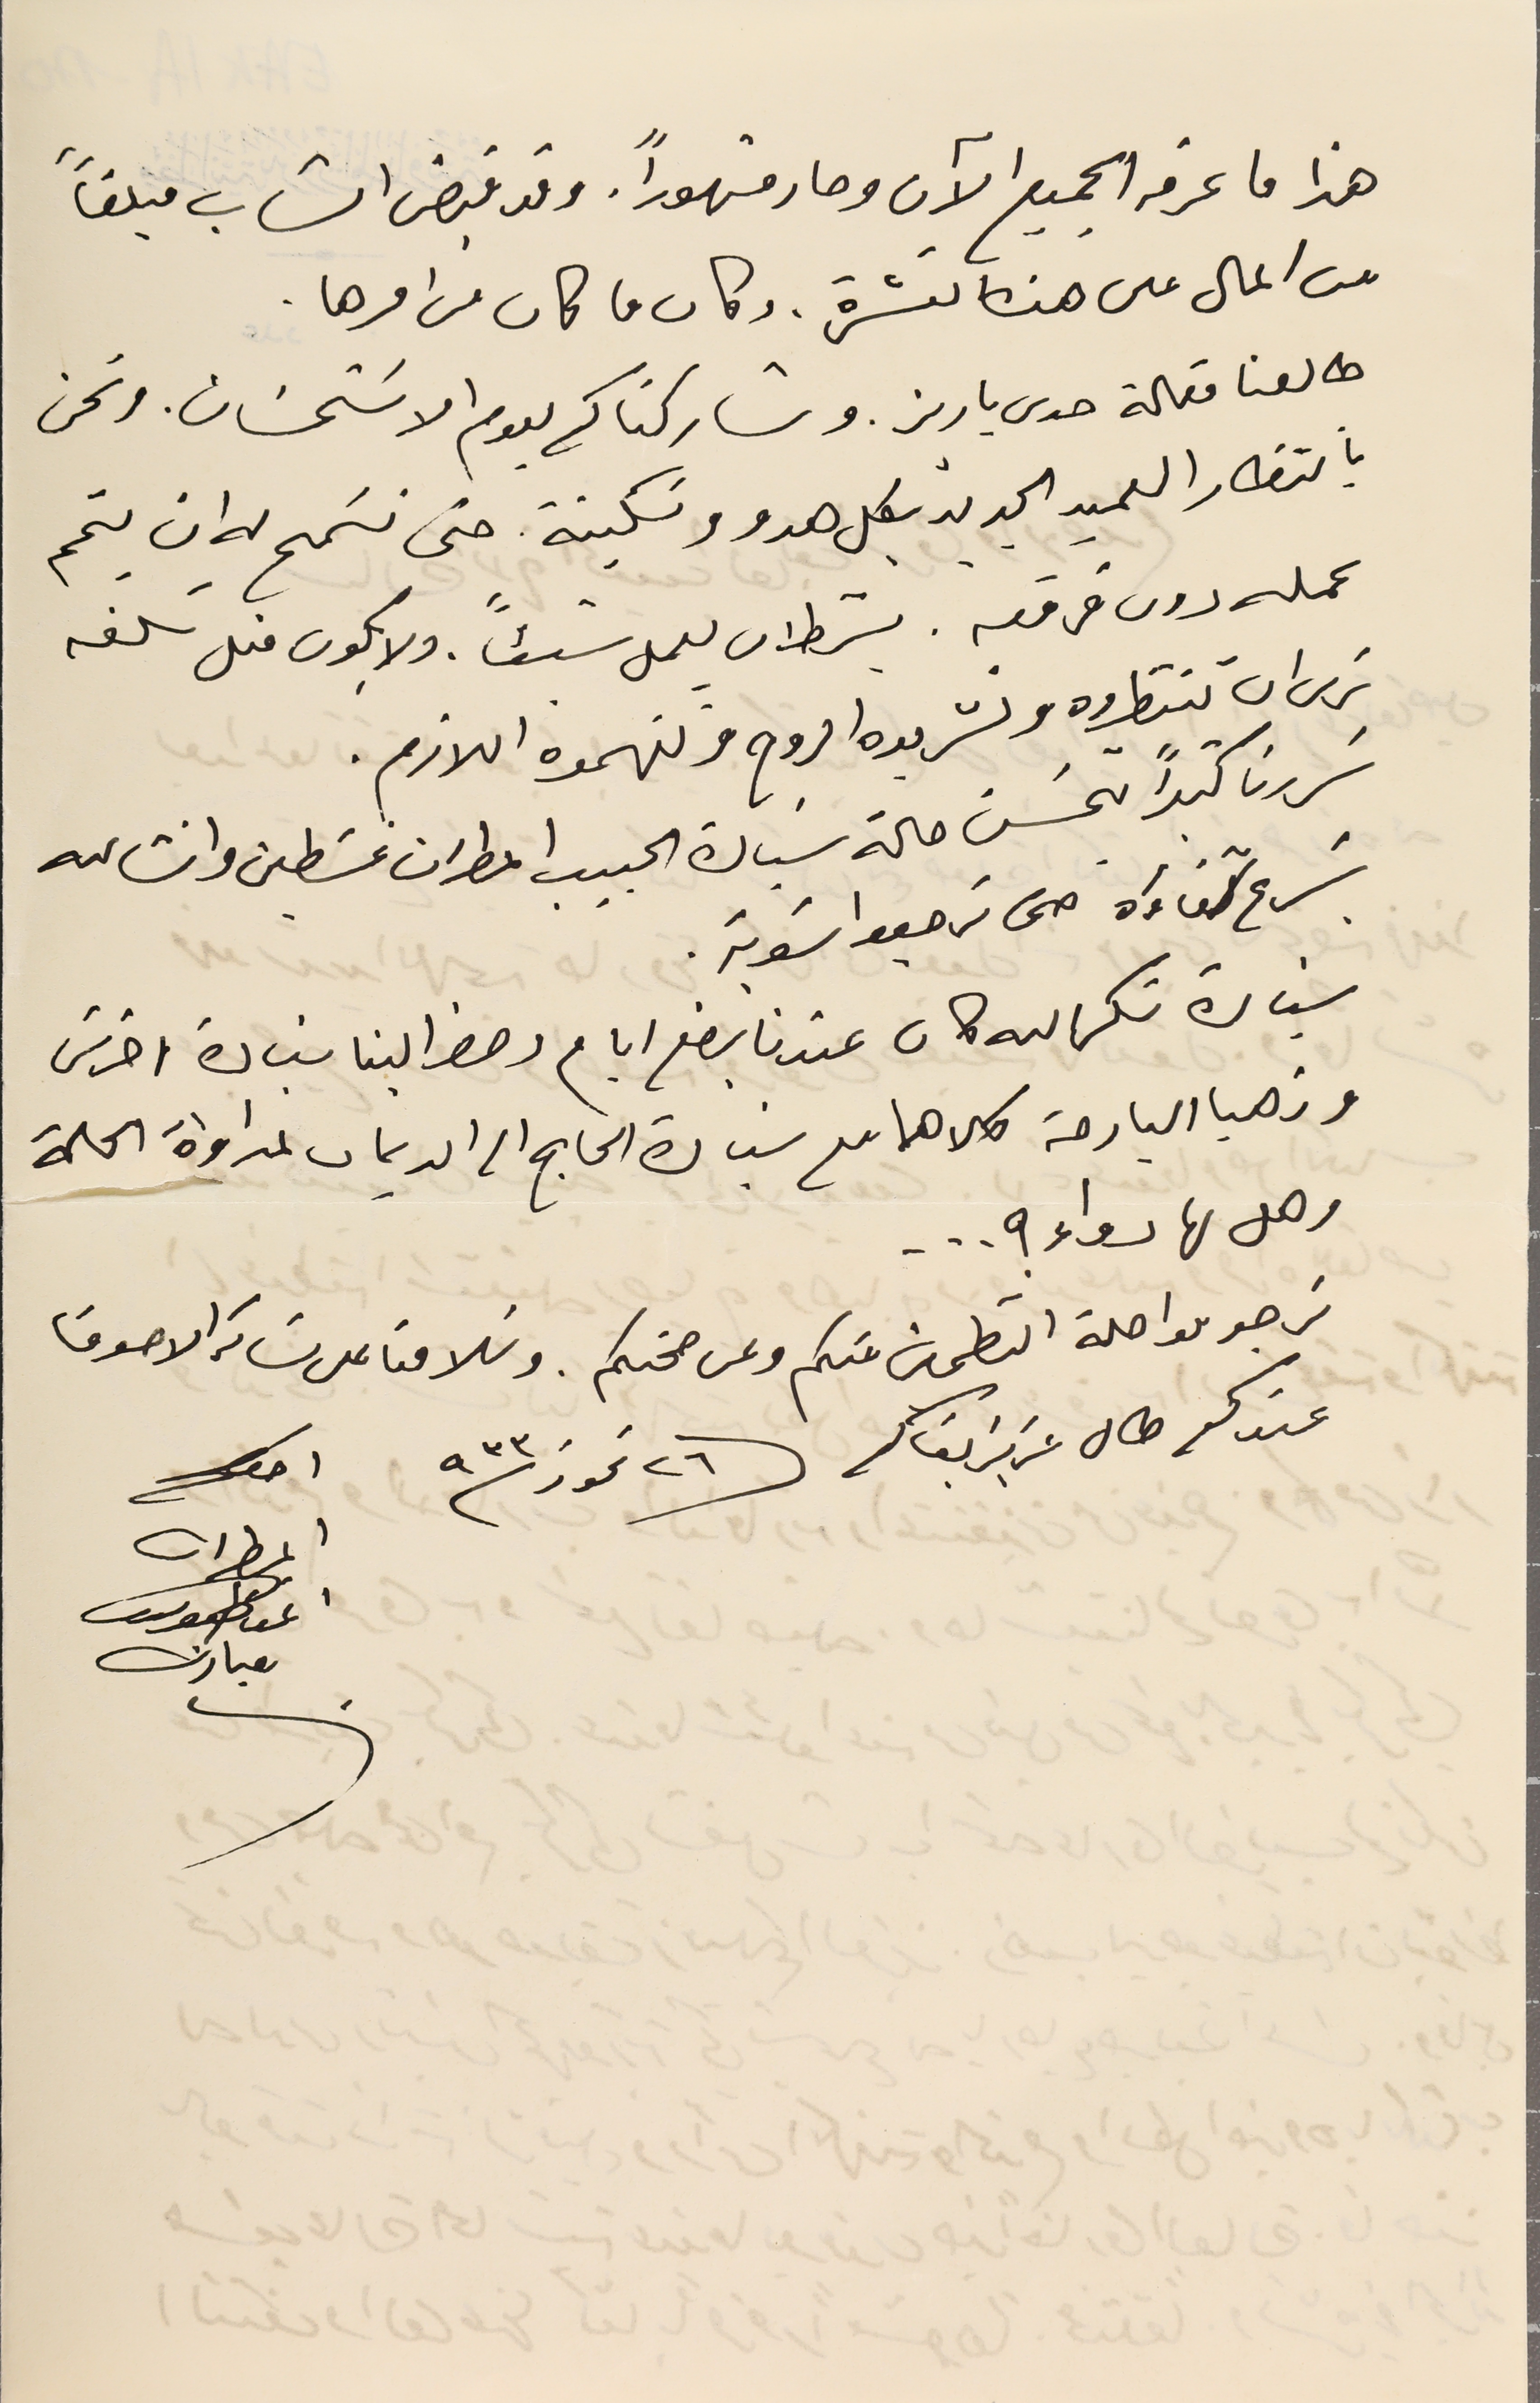
هذا ما عرفه الجميع الآن وصار مشهوراً. وقد قبض الشاب مبلغاً
من المال على هذه النشرة. وكان ما كان من امرها.
طالعنا مقالة صدى باريز. وشاركناكم ليوم الاسَتحسَان. ونحن
بانتظار العميد الجديد بكل هدو وسَكينة حتى نسَمح له ان يتمم
عمله دون فرقعة. بشرط ان يعمل شيئاً. ولا يكون متل سَلفه
نرى ان تنتظروه وتشربوه الروح وتفهموه اللازم.
سَررنا كثيراً بحسَن حالة سَيادة الحبيب المطران غسَطين وانشالله
يسَرع شفاءَه حتى ترجعوا سَوية.
سيادة شكرالله كان عندنا بضع ايام وحضر الينا سَيادة اخرس
وذهبا البارحة كلاهما مع سيادة الحاج الى الديمان لمداواة الحالة
وهل لها دواء ؟...
نرجو مواصلة التطمين عنكم وعن صحتكم. وسَلامنا على سَائر الاصدقا
عندكم طال عزيز بقاكم ٢٦ تموز٩٣٣
اخوكم
المطران
اغناطيوس
مبارك